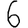
Digit: 6